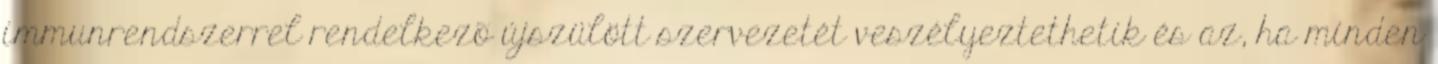
immunrendszerrel rendelkezõ újszülött szervezetét veszélyeztethetik és az, ha minden